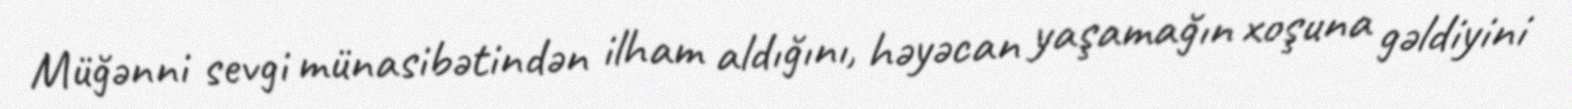
Müğənni sevgi münasibətindən ilham aldığını, həyəcan yaşamağın xoşuna gəldiyini